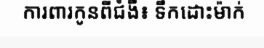
ការពារកូនពីជំងឺ៖ ទឹកដោះម៉ាក់